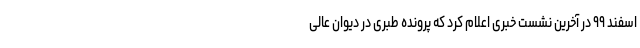
اسفند ۹۹ در آخرین نشست خبری اعلام کرد که پرونده طبری در دیوان عالی